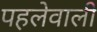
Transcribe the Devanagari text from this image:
पहलेवाली